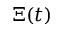
\Xi ( t )